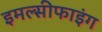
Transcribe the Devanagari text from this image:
इमल्सीफाइंग